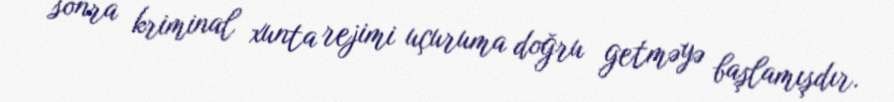
sonra kriminal xunta rejimi uçuruma doğru getməyə başlamışdır.